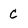
Character: C